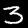
Digit: 3